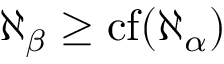
\aleph _ { \beta } \geq \operatorname { c f } ( \aleph _ { \alpha } )